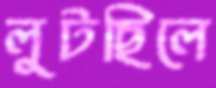
লুটছিলে